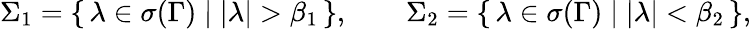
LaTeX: \Sigma_{1}=\left\{ \, \lambda\in\sigma(\Gamma)\; \vert\; |\lambda|>\beta_{1}\, \right\} ,\qquad\Sigma_{2}=\left\{ \, \lambda\in\sigma(\Gamma)\; \vert\; |\lambda|<\beta_{2}\, \right\} ,